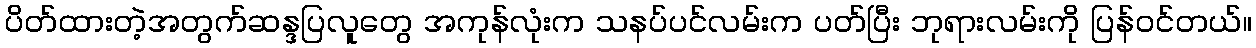
ပိတ်ထားတဲ့အတွက်ဆန္ဒပြလူတွေ အကုန်လုံးက သနပ်ပင်လမ်းက ပတ်ပြီး ဘုရားလမ်းကို ပြန်ဝင်တယ်။